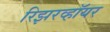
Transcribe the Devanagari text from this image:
रिझरव्हॉयर